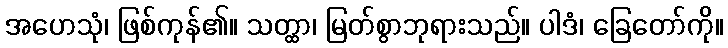
အဟေသုံ၊ ဖြစ်ကုန်၏။ သတ္ထာ၊ မြတ်စွာဘုရားသည်။ ပါဒံ၊ ခြေတော်ကို။